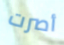
أصرت